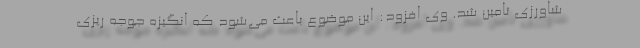
شاورزی تامین شد. وی افزود: این موضوع باعث می‌شود که انگیزه جوجه ریزی